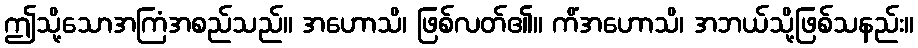
ဤသို့သောအကြံအစည်သည်။ အဟောသိ၊ ဖြစ်လတ်၏။ ကိံအဟောသိ၊ အဘယ်သို့ဖြစ်သနည်း။